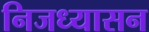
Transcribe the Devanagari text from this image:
निजध्यासन